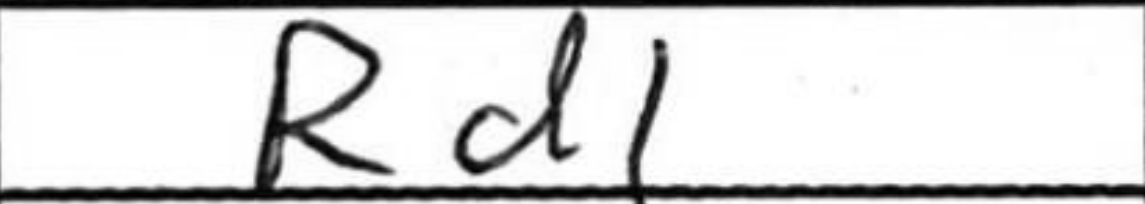
Transcription: Rd1